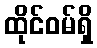
ထိုင်ဝမ်ရှိ